Report on vaccination in Madras 1922-1929 - 1922-1929
Year: 1922
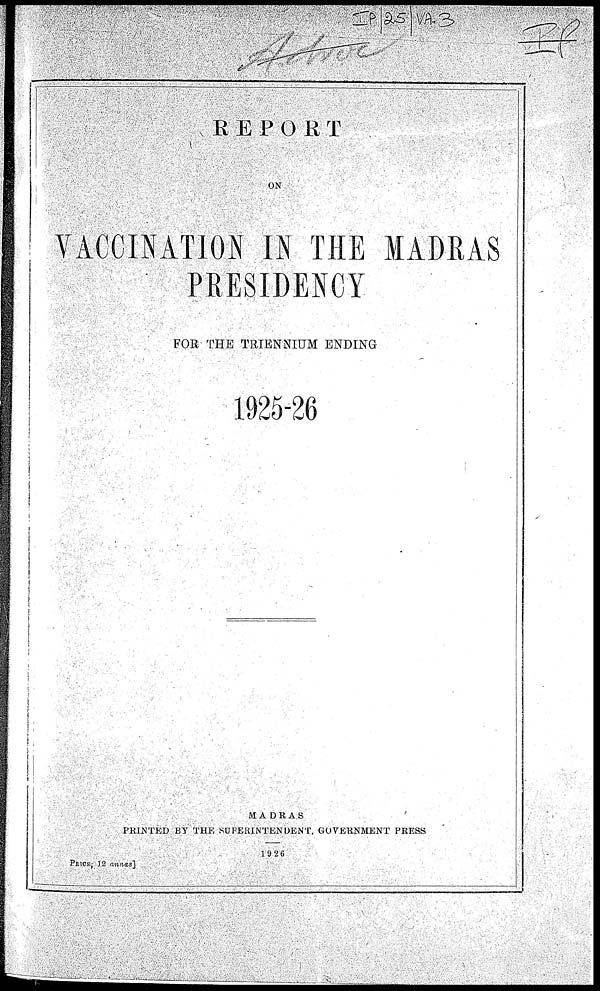
REPORT
ON
VACCINATION IN THE MADRAS
PRESIDENCY
FOR THE TRIENNIUM ENDING
1925-26
MADRAS
PRINTED BY THE SUPERINTENDENT GOVERNMENT PRESS
1926
PRICE, 12 annas]